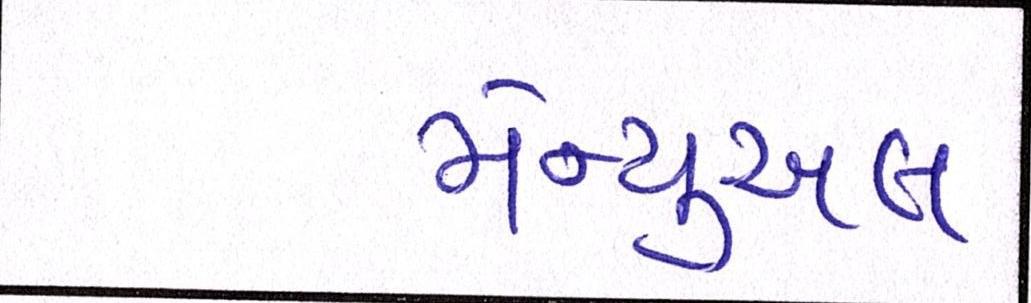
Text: મેન્યુઅલ